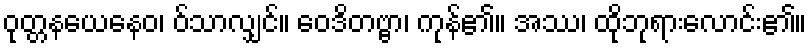
ဝုတ္တနယေနေဝ၊ ဝ်သာလျှင်။ ဝေဒိတဗ္ဗာ၊ ကုန်၏။ အဿ၊ ထိုဘုရားလောင်း၏။